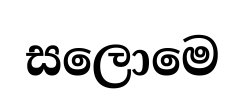
සලොමෙ